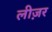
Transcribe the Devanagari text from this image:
लीज़र